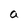
Character: a